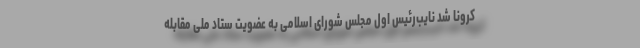
کرونا شد نایب‌رئیس اول مجلس شورای اسلامی به عضویت ستاد ملی مقابله